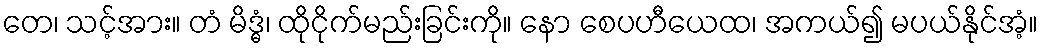
တေ၊ သင့်အား။ တံ မိဒ္ဓံ၊ ထိုငိုက်မည်းခြင်းကို။ နော စေပဟီယေထ၊ အကယ်၍ မပယ်နိုင်အံ့။